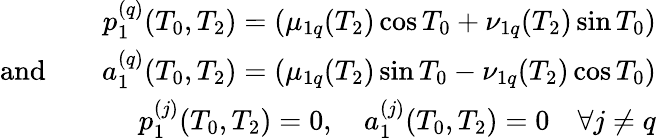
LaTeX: \begin{array}{rlr}&{}&{p_{1}^{(q)}(T_{0},T_{2})=\left(\mu_{1q}(T_{2})\cos T_{0}+\nu_{1q}(T_{2})\sin T_{0}\right)}\\ {\textrm{and}}&{}&{a_{1}^{(q)}(T_{0},T_{2})=\left(\mu_{1q}(T_{2})\sin T_{0}-\nu_{1q}(T_{2})\cos T_{0}\right)}\\ &{}&{p_{1}^{(j)}(T_{0},T_{2})=0,\quad a_{1}^{(j)}(T_{0},T_{2})=0\quad\forall j\neq q}\end{array}